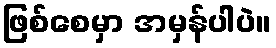
ဖြစ်စေမှာ အမှန်ပါပဲ။